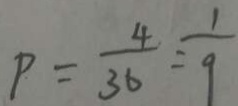
P = \frac { 4 } { 3 6 } = \frac { 1 } { 9 }